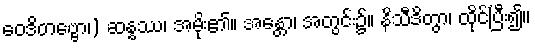
ဝေဒိတဗ္ဗော၊) ဆန္နဿ၊ အမိုး၏။ အန္တော၊ အတွင်း၌။ နိသီဒိတွာ၊ ထိုင်ပြီး၍။